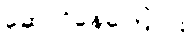
ဆောင်နေကြောင်း